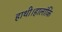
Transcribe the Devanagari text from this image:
हाथी।हालांकि